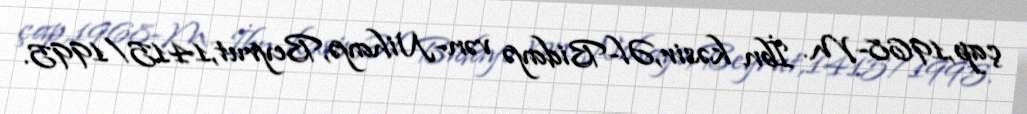
çap,1968-M. İbn kəsir,Əl-Bidayə vən-Nihayə,Beyrut,1415/1995.